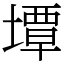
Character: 墰